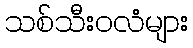
သစ်သီးဝလံများ